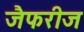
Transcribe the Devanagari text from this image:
जैफरीज